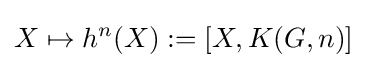
X\mapsto h^{n}(X):=[X,K(G,n)]